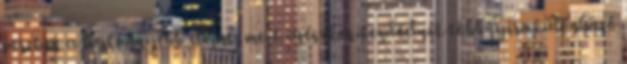
percben a legkönnyebb elérni, mert egészkor kezdődnek többnyire különböző